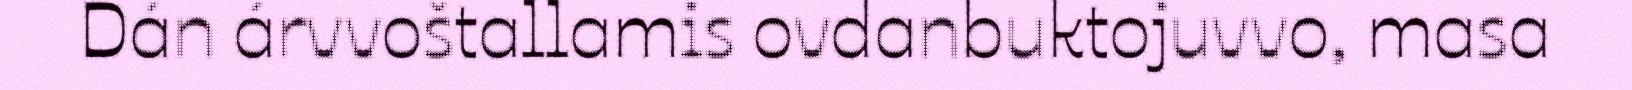
Dán árvvoštallamis ovdanbuktojuvvo, masa